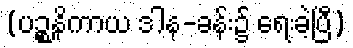
(ပဉ္စနိကာယ ဒါန-ခန်း၌ ရေးခဲ့ပြီ)